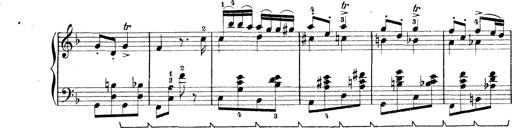
Title: Rapsodie: 19 ungheresi, 1 spagnuola
Composer: Franz Liszt